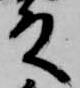
殿